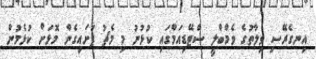
އިނގެރޭސި ވިލާތުގެ ވެމްބްލީ ސްޓޭޑިއަމްގައި ކުޅުނު މި މެޗު ފަށައިގެން މޮޅަށް ކުޅެމުން